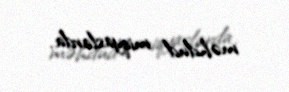
məhdud miqyaslarda.